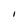
Character: I